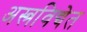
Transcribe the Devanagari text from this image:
अस्त्रविद्येत